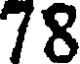
78